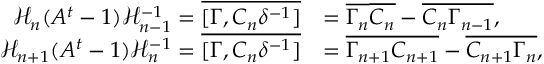
\begin{array} { r l } { \mathcal { H } _ { n } ( A ^ { t } - 1 ) \mathcal { H } _ { n - 1 } ^ { - 1 } = \overline { { [ \Gamma , C _ { n } \delta ^ { - 1 } ] } } } & { = \overline { { \Gamma _ { n } } } \overline { { C _ { n } } } - \overline { { C _ { n } \Gamma _ { n - 1 } } } , } \\ { \mathcal { H } _ { n + 1 } ( A ^ { t } - 1 ) \mathcal { H } _ { n } ^ { - 1 } = \overline { { [ \Gamma , C _ { n } \delta ^ { - 1 } ] } } } & { = \overline { { \Gamma _ { n + 1 } C _ { n + 1 } } } - \overline { { C _ { n + 1 } \Gamma _ { n } } } , } \end{array}